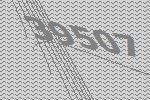
39507